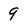
Character: 9